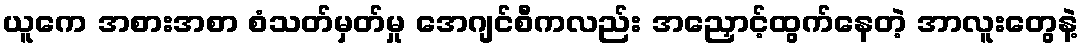
ယူကေ အစားအစာ စံသတ်မှတ်မှု အေဂျင်စီကလည်း အညှောင့်ထွက်နေတဲ့ အာလူးတွေနဲ့